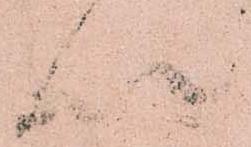
以